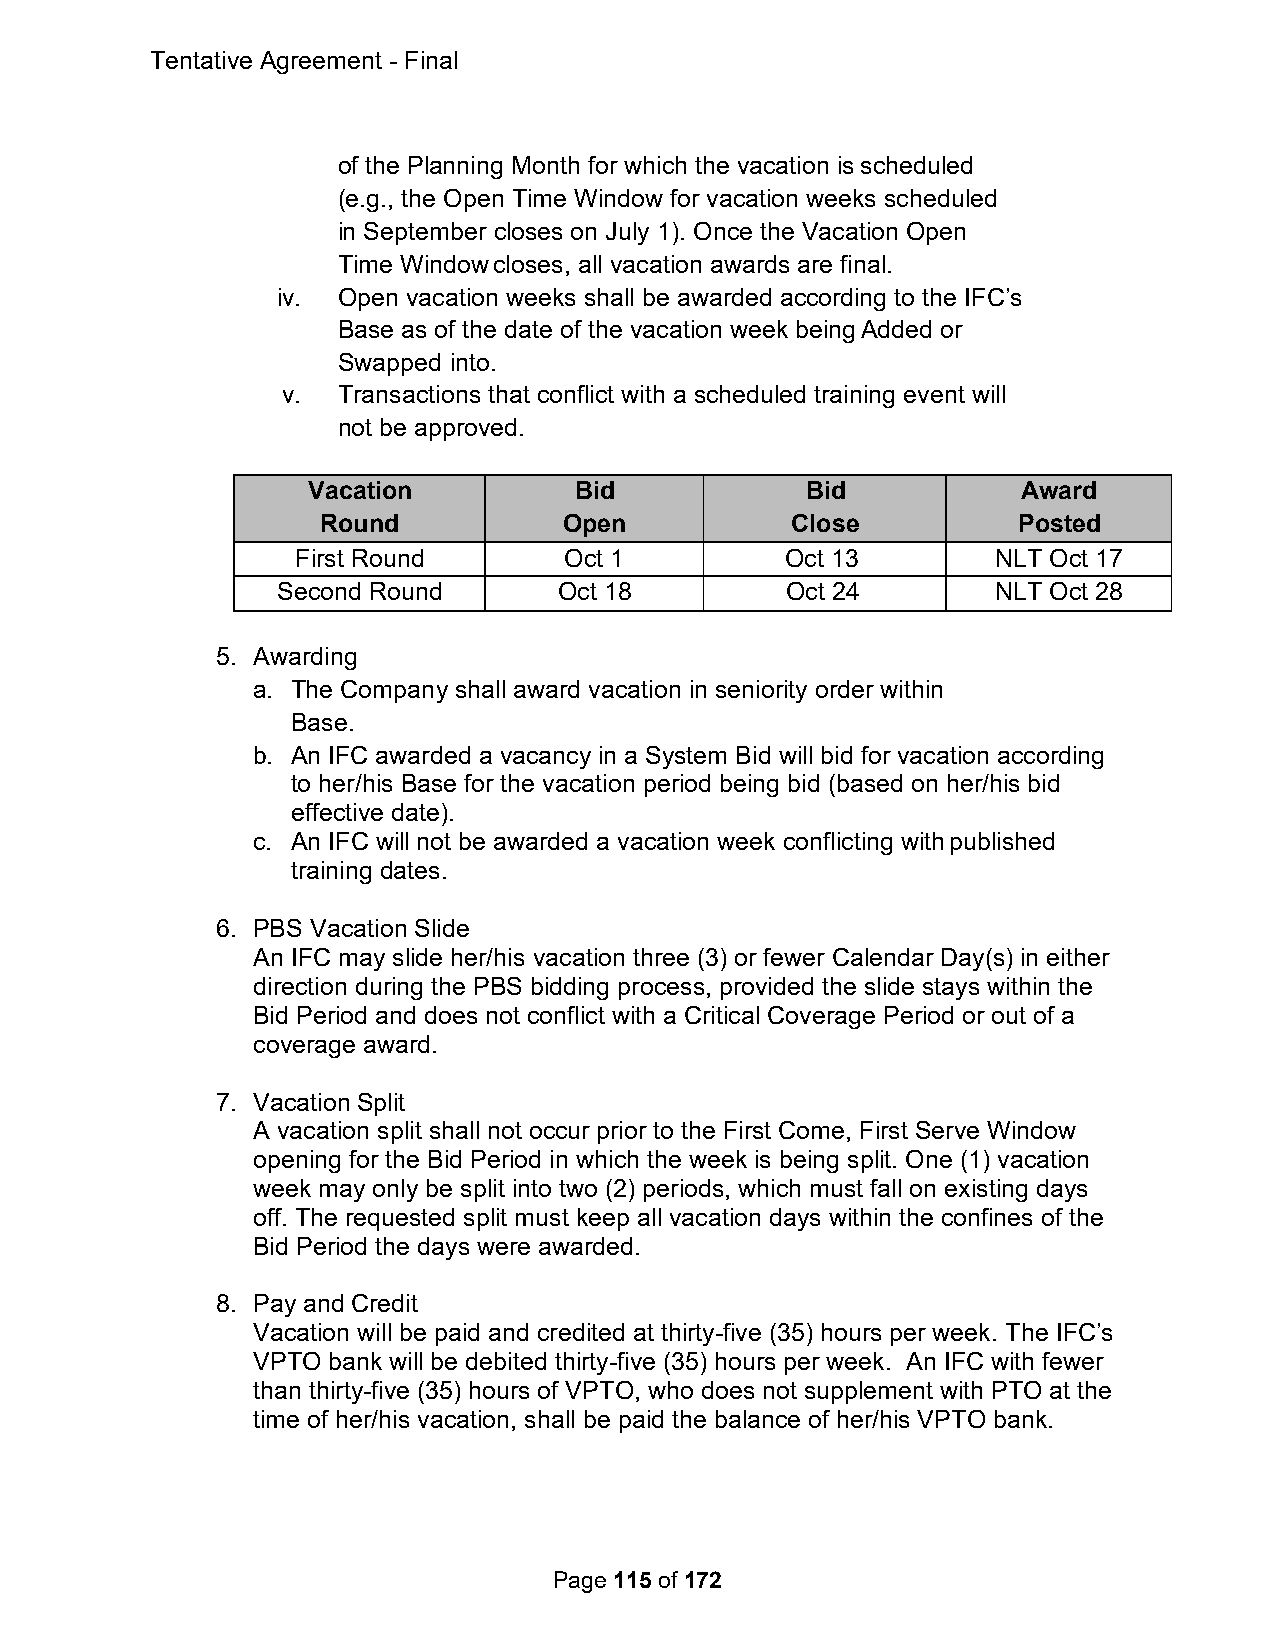
Tentative Agreement - Final
 of the Planning Month for which the vacation is scheduled
 (e.g., the Open Time Window for vacation weeks scheduled
 in September closes on July 1). Once the Vacation Open
 Time Window closes, all vacation awards are final.
 iv. Open vacation weeks shall be awarded according to the IFC’s
 Base as of the date of the vacation week being Added or
 Swapped into.
 v. Transactions that conflict with a scheduled training event will
 not be approved.
 Vacation          Bid            Bid            Award
 Round           Open           Close          Posted
 First Round      Oct 1          Oct 13        NLT Oct 17
 Second Round       Oct 18         Oct 24        NLT Oct 28
 5. Awarding
 a. The Company shall award vacation in seniority order within
 Base.
 b. An IFC awarded a vacancy in a System Bid will bid for vacation according
 to her/his Base for the vacation period being bid (based on her/his bid
 effective date).
 c. An IFC will not be awarded a vacation week conflicting with published
 training dates.
 6. PBS Vacation Slide
 An IFC may slide her/his vacation three (3) or fewer Calendar Day(s) in either
 direction during the PBS bidding process, provided the slide stays within the
 Bid Period and does not conflict with a Critical Coverage Period or out of a
 coverage award.
 7. Vacation Split
 A vacation split shall not occur prior to the First Come, First Serve Window
 opening for the Bid Period in which the week is being split. One (1) vacation
 week may only be split into two (2) periods, which must fall on existing days
 off. The requested split must keep all vacation days within the confines of the
 Bid Period the days were awarded.
 8. Pay and Credit
 Vacation will be paid and credited at thirty-five (35) hours per week. The IFC’s
 VPTO bank will be debited thirty-five (35) hours per week. An IFC with fewer
 than thirty-five (35) hours of VPTO, who does not supplement with PTO at the
 time of her/his vacation, shall be paid the balance of her/his VPTO bank.
 Page 115 of 172